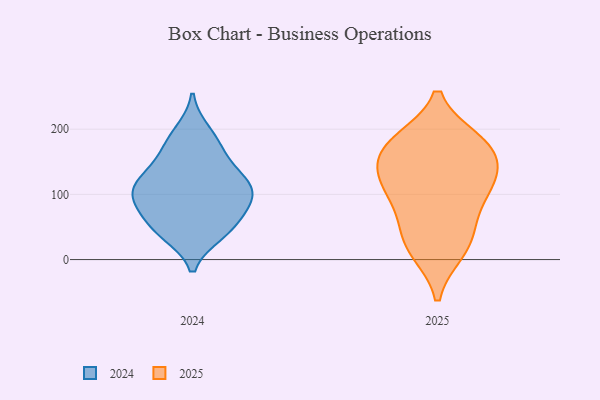
{"axis": {"x": "Bounce Rate (%)", "y": "Value"}, "legend": ["2024", "2025"], "data": [{"x": "", "y": 195, "type": "2024"}, {"x": "", "y": 101, "type": "2024"}, {"x": "", "y": 102, "type": "2024"}, {"x": "", "y": 55, "type": "2024"}, {"x": "", "y": 130, "type": "2024"}, {"x": "", "y": 131, "type": "2024"}, {"x": "", "y": 43, "type": "2024"}, {"x": "", "y": 41, "type": "2024"}, {"x": "", "y": 96, "type": "2024"}, {"x": "", "y": 53, "type": "2024"}, {"x": "", "y": 123, "type": "2024"}, {"x": "", "y": 165, "type": "2024"}, {"x": "", "y": 89, "type": "2024"}, {"x": "", "y": 178, "type": "2024"}, {"x": "", "y": 95, "type": "2024"}, {"x": "", "y": 111, "type": "2025"}, {"x": "", "y": 43, "type": "2025"}, {"x": "", "y": 93, "type": "2025"}, {"x": "", "y": 172, "type": "2025"}, {"x": "", "y": 177, "type": "2025"}, {"x": "", "y": 136, "type": "2025"}, {"x": "", "y": 182, "type": "2025"}, {"x": "", "y": 149, "type": "2025"}, {"x": "", "y": 106, "type": "2025"}, {"x": "", "y": 13, "type": "2025"}, {"x": "", "y": 52, "type": "2025"}, {"x": "", "y": 14, "type": "2025"}, {"x": "", "y": 180, "type": "2025"}, {"x": "", "y": 125, "type": "2025"}]}